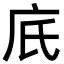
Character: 㡳